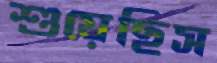
শুয়েছিস